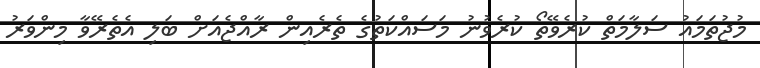
މުޖުތަމައު ސަލާމަތް ކުރެވޭތޯ ކުރެވުނު މަސައްކަތުގެ ތެރެއިން ރާއްޖެއަށް ބަލި އެތެރޭވާ މިންވަރު